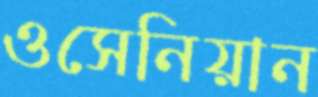
ওসেনিয়ান